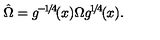
\hat { \Omega } = g ^ { \! - \! 1 \! / \! 4 \! } ( x ) \Omega g ^ { \! 1 \! / \! 4 \! } ( x ) .